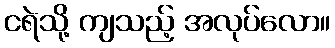
ငရဲသို့ ကျသည့် အလုပ်လော။